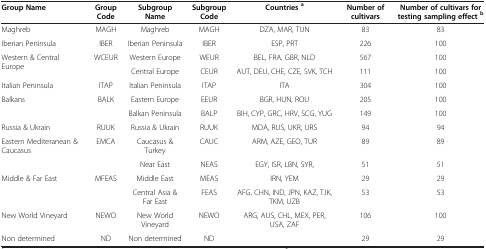
<table><thead><tr><td><b>Group Name</b></td><td><b>Group Code</b></td><td><b>Subgroup Name</b></td><td><b>Subgroup Code</b></td><td><b>Countries<sup>a</sup></b></td><td><b>Number of cultivars</b></td><td><b>Number of cultivars for testing sampling effect<sup>b</sup></b></td></tr></thead><tbody><tr><td>Maghreb</td><td>MAGH</td><td>Maghreb</td><td>MAGH</td><td>DZA, MAR, TUN</td><td>83</td><td>83</td></tr><tr><td>Iberian Peninsula</td><td>IBER</td><td>Iberian Peninsula</td><td>IBER</td><td>ESP, PRT</td><td>226</td><td>100</td></tr><tr><td rowspan="2">Western &amp; Central Europe</td><td rowspan="2">WCEUR</td><td>Western Europe</td><td>WEUR</td><td>BEL, FRA, GBR, NLD</td><td>567</td><td>100</td></tr><tr><td>Central Europe</td><td>CEUR</td><td>AUT, DEU, CHE, CZE, SVK, TCH</td><td>111</td><td>100</td></tr><tr><td>Italian Peninsula</td><td>ITAP</td><td>Italian Peninsula</td><td>ITAP</td><td>ITA</td><td>304</td><td>100</td></tr><tr><td rowspan="2">Balkans</td><td rowspan="2">BALK</td><td>Eastern Europe</td><td>EEUR</td><td>BGR, HUN, ROU</td><td>205</td><td>100</td></tr><tr><td>Balkan Peninsula</td><td>BALP</td><td>BIH, CYP, GRC, HRV, SCG, YUG</td><td>149</td><td>100</td></tr><tr><td>Russia &amp; Ukrain</td><td>RUUK</td><td>Russia &amp; Ukrain</td><td>RUUK</td><td>MDA, RUS, UKR, URS</td><td>94</td><td>94</td></tr><tr><td rowspan="2">Eastern Mediteranean &amp; Caucasus</td><td rowspan="2">EMCA</td><td>Caucasus &amp; Turkey</td><td>CAUC</td><td>ARM, AZE, GEO, TUR</td><td>89</td><td>89</td></tr><tr><td>Near East</td><td>NEAS</td><td>EGY, ISR, LBN, SYR,</td><td>51</td><td>51</td></tr><tr><td rowspan="2">Middle &amp; Far East</td><td rowspan="2">MFEAS</td><td>Middle East</td><td>MEAS</td><td>IRN, YEM</td><td>29</td><td>29</td></tr><tr><td>Central Asia &amp; Far East</td><td>FEAS</td><td>AFG, CHN, IND, JPN, KAZ, TJK, TKM, UZB</td><td>53</td><td>53</td></tr><tr><td>New World Vineyard</td><td>NEWO</td><td>New World Vineyard</td><td>NEWO</td><td>ARG, AUS, CHL, MEX, PER, USA, ZAF</td><td>106</td><td>100</td></tr><tr><td>Non determined</td><td>ND</td><td>Non determined</td><td>ND</td><td> </td><td>29</td><td>29</td></tr></tbody></table>